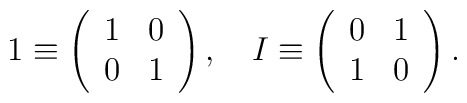
1 \equiv \left(\begin{array}{cc} 1 & 0 \\ 0 & 1  \end{array}\right), \quad  I \equiv \left(\begin{array}{cc} 0 & 1 \\ 1 & 0  \end{array}\right).